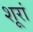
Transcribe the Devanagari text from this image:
शूरां